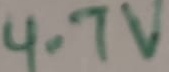
Text: 4.7V